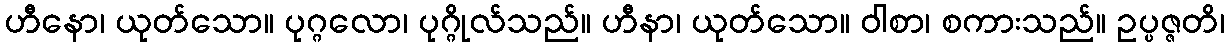
ဟီနော၊ ယုတ်သော။ ပုဂ္ဂလော၊ ပုဂ္ဂိုလ်သည်။ ဟီနာ၊ ယုတ်သော။ ဝါစာ၊ စကားသည်။ ဥပ္ပဇ္ဇတိ၊